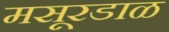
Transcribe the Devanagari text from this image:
मसूरडाळ